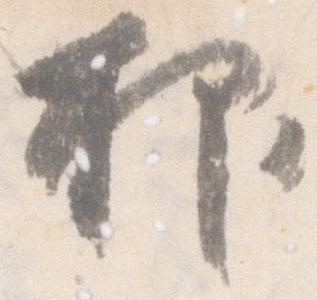
抑